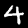
Digit: 4